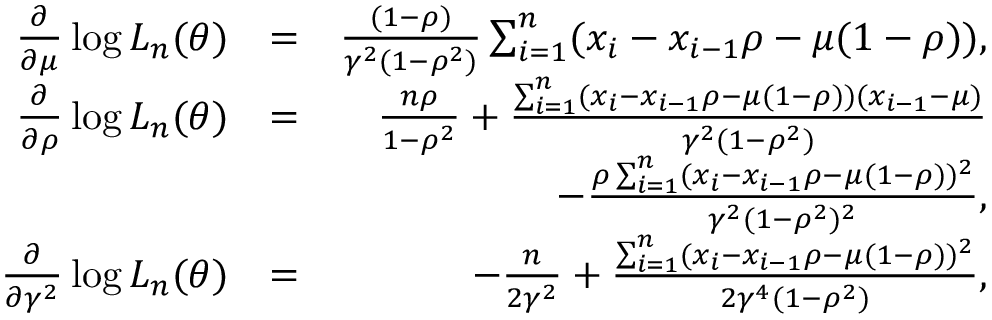
\begin{array} { r l r } { \frac { \partial } { \partial \mu } \log L _ { n } ( \theta ) } & { = } & { \frac { ( 1 - \rho ) } { \gamma ^ { 2 } ( 1 - \rho ^ { 2 } ) } \sum _ { i = 1 } ^ { n } ( x _ { i } - x _ { i - 1 } \rho - \mu ( 1 - \rho ) ) , } \\ { \frac { \partial } { \partial \rho } \log L _ { n } ( \theta ) } & { = } & { \frac { n \rho } { 1 - \rho ^ { 2 } } + \frac { \sum _ { i = 1 } ^ { n } ( x _ { i } - x _ { i - 1 } \rho - \mu ( 1 - \rho ) ) ( x _ { i - 1 } - \mu ) } { \gamma ^ { 2 } ( 1 - \rho ^ { 2 } ) } } \\ & { } & { - \frac { \rho \sum _ { i = 1 } ^ { n } ( x _ { i } - x _ { i - 1 } \rho - \mu ( 1 - \rho ) ) ^ { 2 } } { \gamma ^ { 2 } ( 1 - \rho ^ { 2 } ) ^ { 2 } } , } \\ { \frac { \partial } { \partial \gamma ^ { 2 } } \log L _ { n } ( \theta ) } & { = } & { - \frac { n } { 2 \gamma ^ { 2 } } + \frac { \sum _ { i = 1 } ^ { n } ( x _ { i } - x _ { i - 1 } \rho - \mu ( 1 - \rho ) ) ^ { 2 } } { 2 \gamma ^ { 4 } ( 1 - \rho ^ { 2 } ) } , } \end{array}